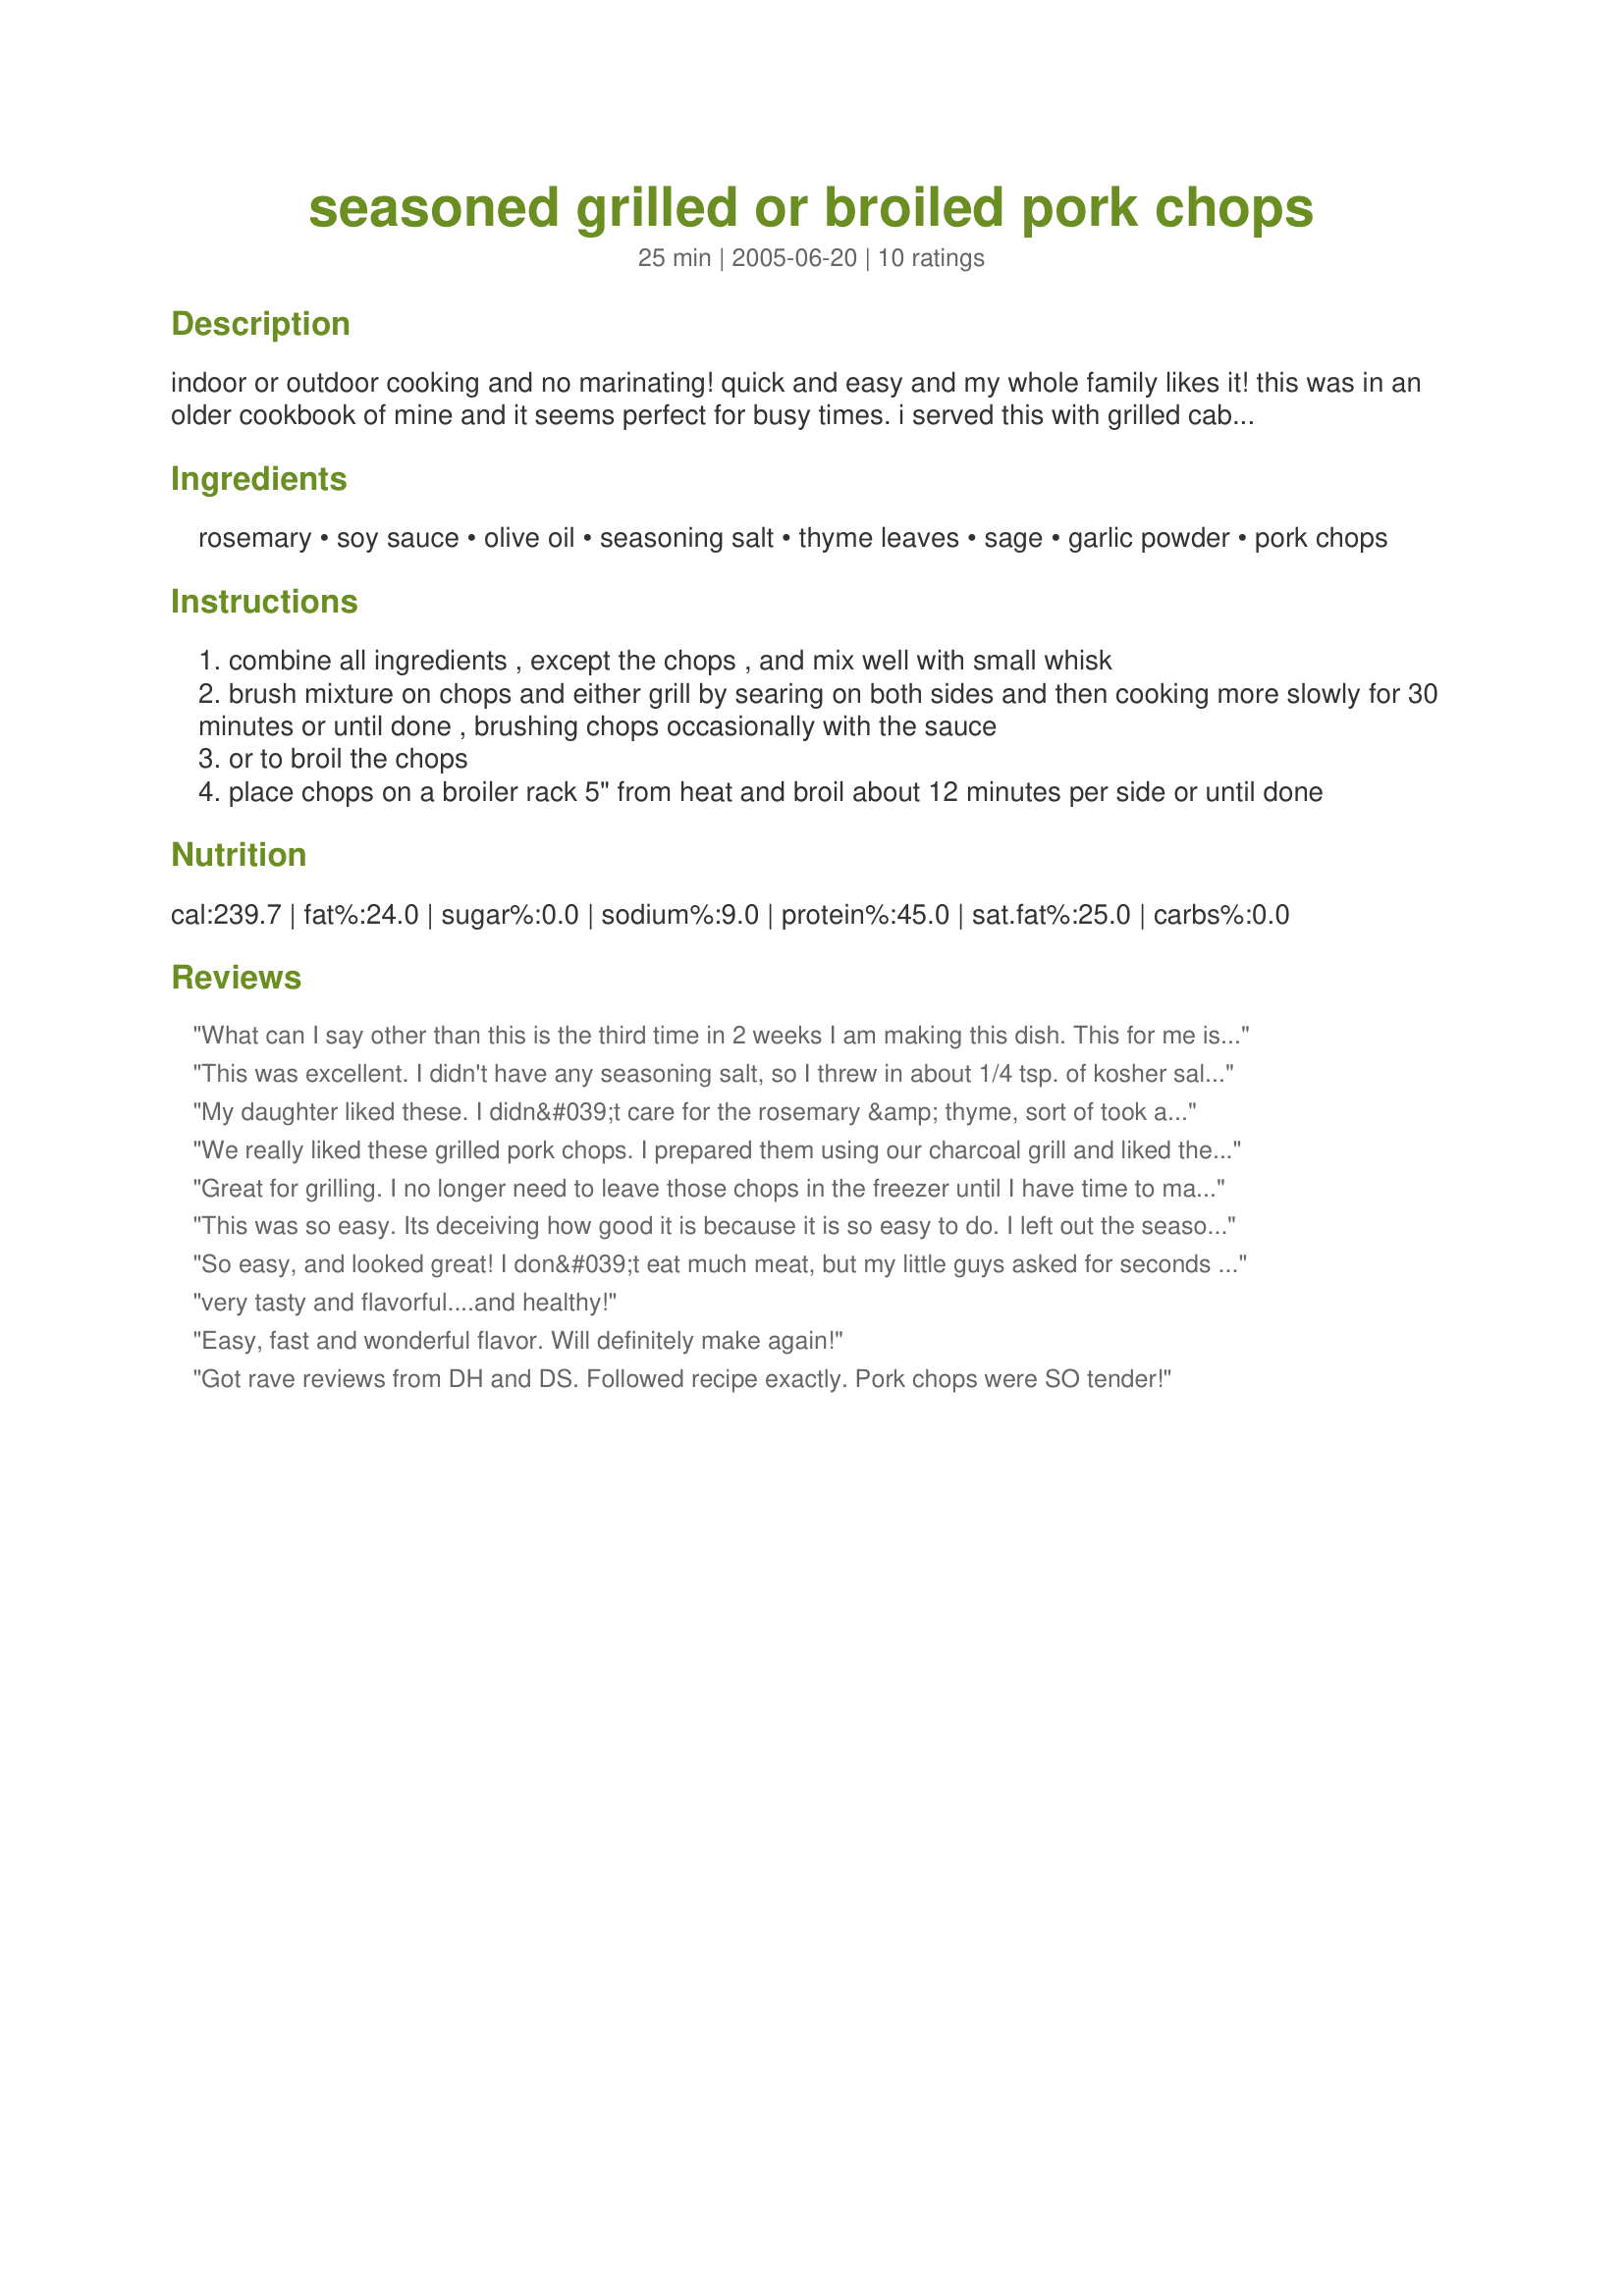
seasoned grilled or broiled pork chops
Preparation time: 25 minutes

indoor or outdoor cooking and no marinating! quick and easy and my whole family likes it! this was in an older cookbook of mine and it seems perfect for busy times. i served this with grilled cabbage, potato pancakes and applesauce.

Ingredients:
rosemary, soy sauce, olive oil, seasoning salt, thyme leaves, sage, garlic powder, pork chops

Steps:
combine all ingredients , except the chops , and mix well with small whisk
brush mixture on chops and either grill by searing on both sides and then cooking more slowly for 30 minutes or until done , brushing chops occasionally with the sauce
or to broil the chops
place chops on a broiler rack 5" from heat and broil about 12 minutes per side or until done

Reviews:
What can I say other than this is the third time in 2 weeks I am making this dish. This for me is very rare. I only give it 4 stars because I made a few slight variations. For 6 chops I doubled everything. I use about 4x the amount of garlic powder, but that's all preference. The only other change I made was to broil for 12 on the first side and 10 min after flipped, I felt they were a little juicier, but still cooked through perfectly. For a summery, herby, and extremely flavorful chop there is no need to look any further. Thanks for sharing!
This was excellent. I didn't have any seasoning salt, so I threw in about 1/4 tsp. of kosher salt. Grilled chops on my indoor grill. Great flavor and juicy! Thank you for a fast and tasty pork chop dinner option. We will use this one often.
My daughter liked these. I didn&#039;t care for the rosemary &amp; thyme, sort of took away the flavor of the pork. I&#039;m guessing the olive oil is what kept them moist &amp; tender, great idea. Next time I&#039;ll leave out the seasonings I don&#039;t care for replace with garlic salt as I felt it needed more salt &amp; a little pepper.
We really liked these grilled pork chops. I prepared them using our charcoal grill and liked the extra smokey flavor it provided. They were a great meal with a tossed salad and <a href="/127953">Pan Fried Sweet Potatoes</a>.
Great for grilling. I no longer need to leave those chops in the freezer until I have time to marinate! I only added some fresh ground black pepper because I just can't imagine good pork chops without it. Looking at and smelling the sauce, I was afraid it might be too heavy on the soy sauce but I tried it anyway and was pleasantly surprised. Not too salty at all!! I guessed on the rosemary, adding a little more since I was using fresh. Thanks for submitting!
This was so easy. Its deceiving how good it is because it is so easy to do.
I left out the seasoning salt and sage and used dried thyme. It was great.
Broil time was a little too long and the edges started to dry out just a little bit but that was my own fault.
Excellent, easy and healthy.
Thank you!
So easy, and looked great! I don&#039;t eat much meat, but my little guys asked for seconds helpings!
very tasty and flavorful....and healthy!
Easy, fast and wonderful flavor. Will definitely make again!
Got rave reviews from DH and DS.
Followed recipe exactly. Pork chops were SO tender!
